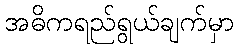
အဓိကရည်ရွယ်ချက်မှာ